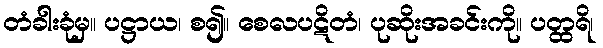
တံခါးခုံမှ။ ပဋ္ဌာယ၊ စ၍။ စေလပဋိတံ၊ ပုဆိုးအခင်းကို။ ပတ္ထရိ၊